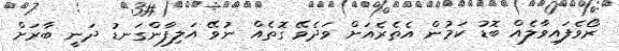
ރޯވެފައިވާލެއް ބޮޑު ކަމުން އެތެރެއަށް ވަދެވޭ ގޮތެއް ނުވޭ އަލިފާންގަނޑު ދަނީ ބާރަށް